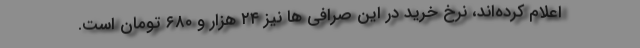
اعلام کرده‌اند، نرخ خرید در این صرافی ها نیز ۲۴ هزار و ۶۸۰ تومان است.